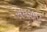
સમરમ